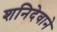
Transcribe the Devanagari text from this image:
शनिदेवाने